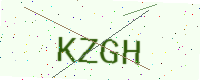
Text: KZGH